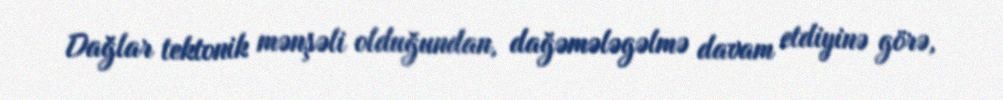
Dağlar tektonik mənşəli olduğundan, dağəmələgəlmə davam etdiyinə görə,